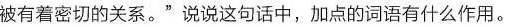
被有着密切的关系。”说说这句话中，加点的词语有什么作用。